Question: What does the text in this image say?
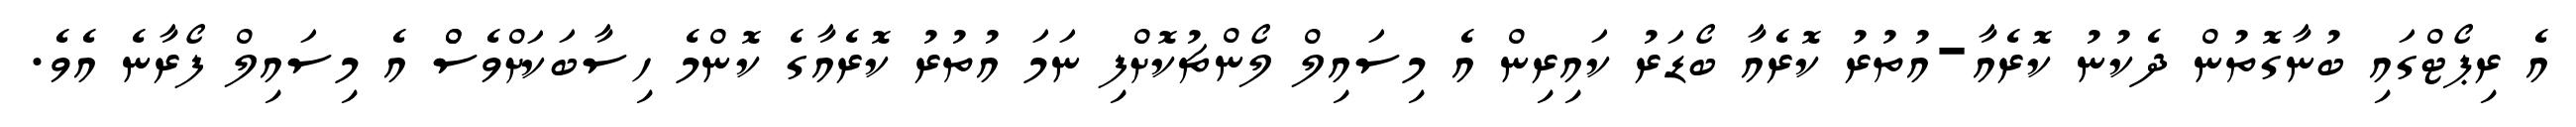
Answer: އެ ރިޕޯޓްގައި ބުނާގޮތުން ދެކުނު ކޮރެއާ-އުތުރު ކޮރެއާ ބޯޑަރު ކައިރިން އެ މިސައިލް ލޯންޗުކޮށްފި ނަމަ އުތުރު ކޮރެއާގެ ކޮންމެ ހިސާބަކަށްވެސްް އެ މިސައިލް ފޯރާނެ އެވެ.